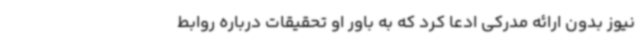
نیوز بدون ارائه مدرکی ادعا کرد که به باور او تحقیقات درباره روابط